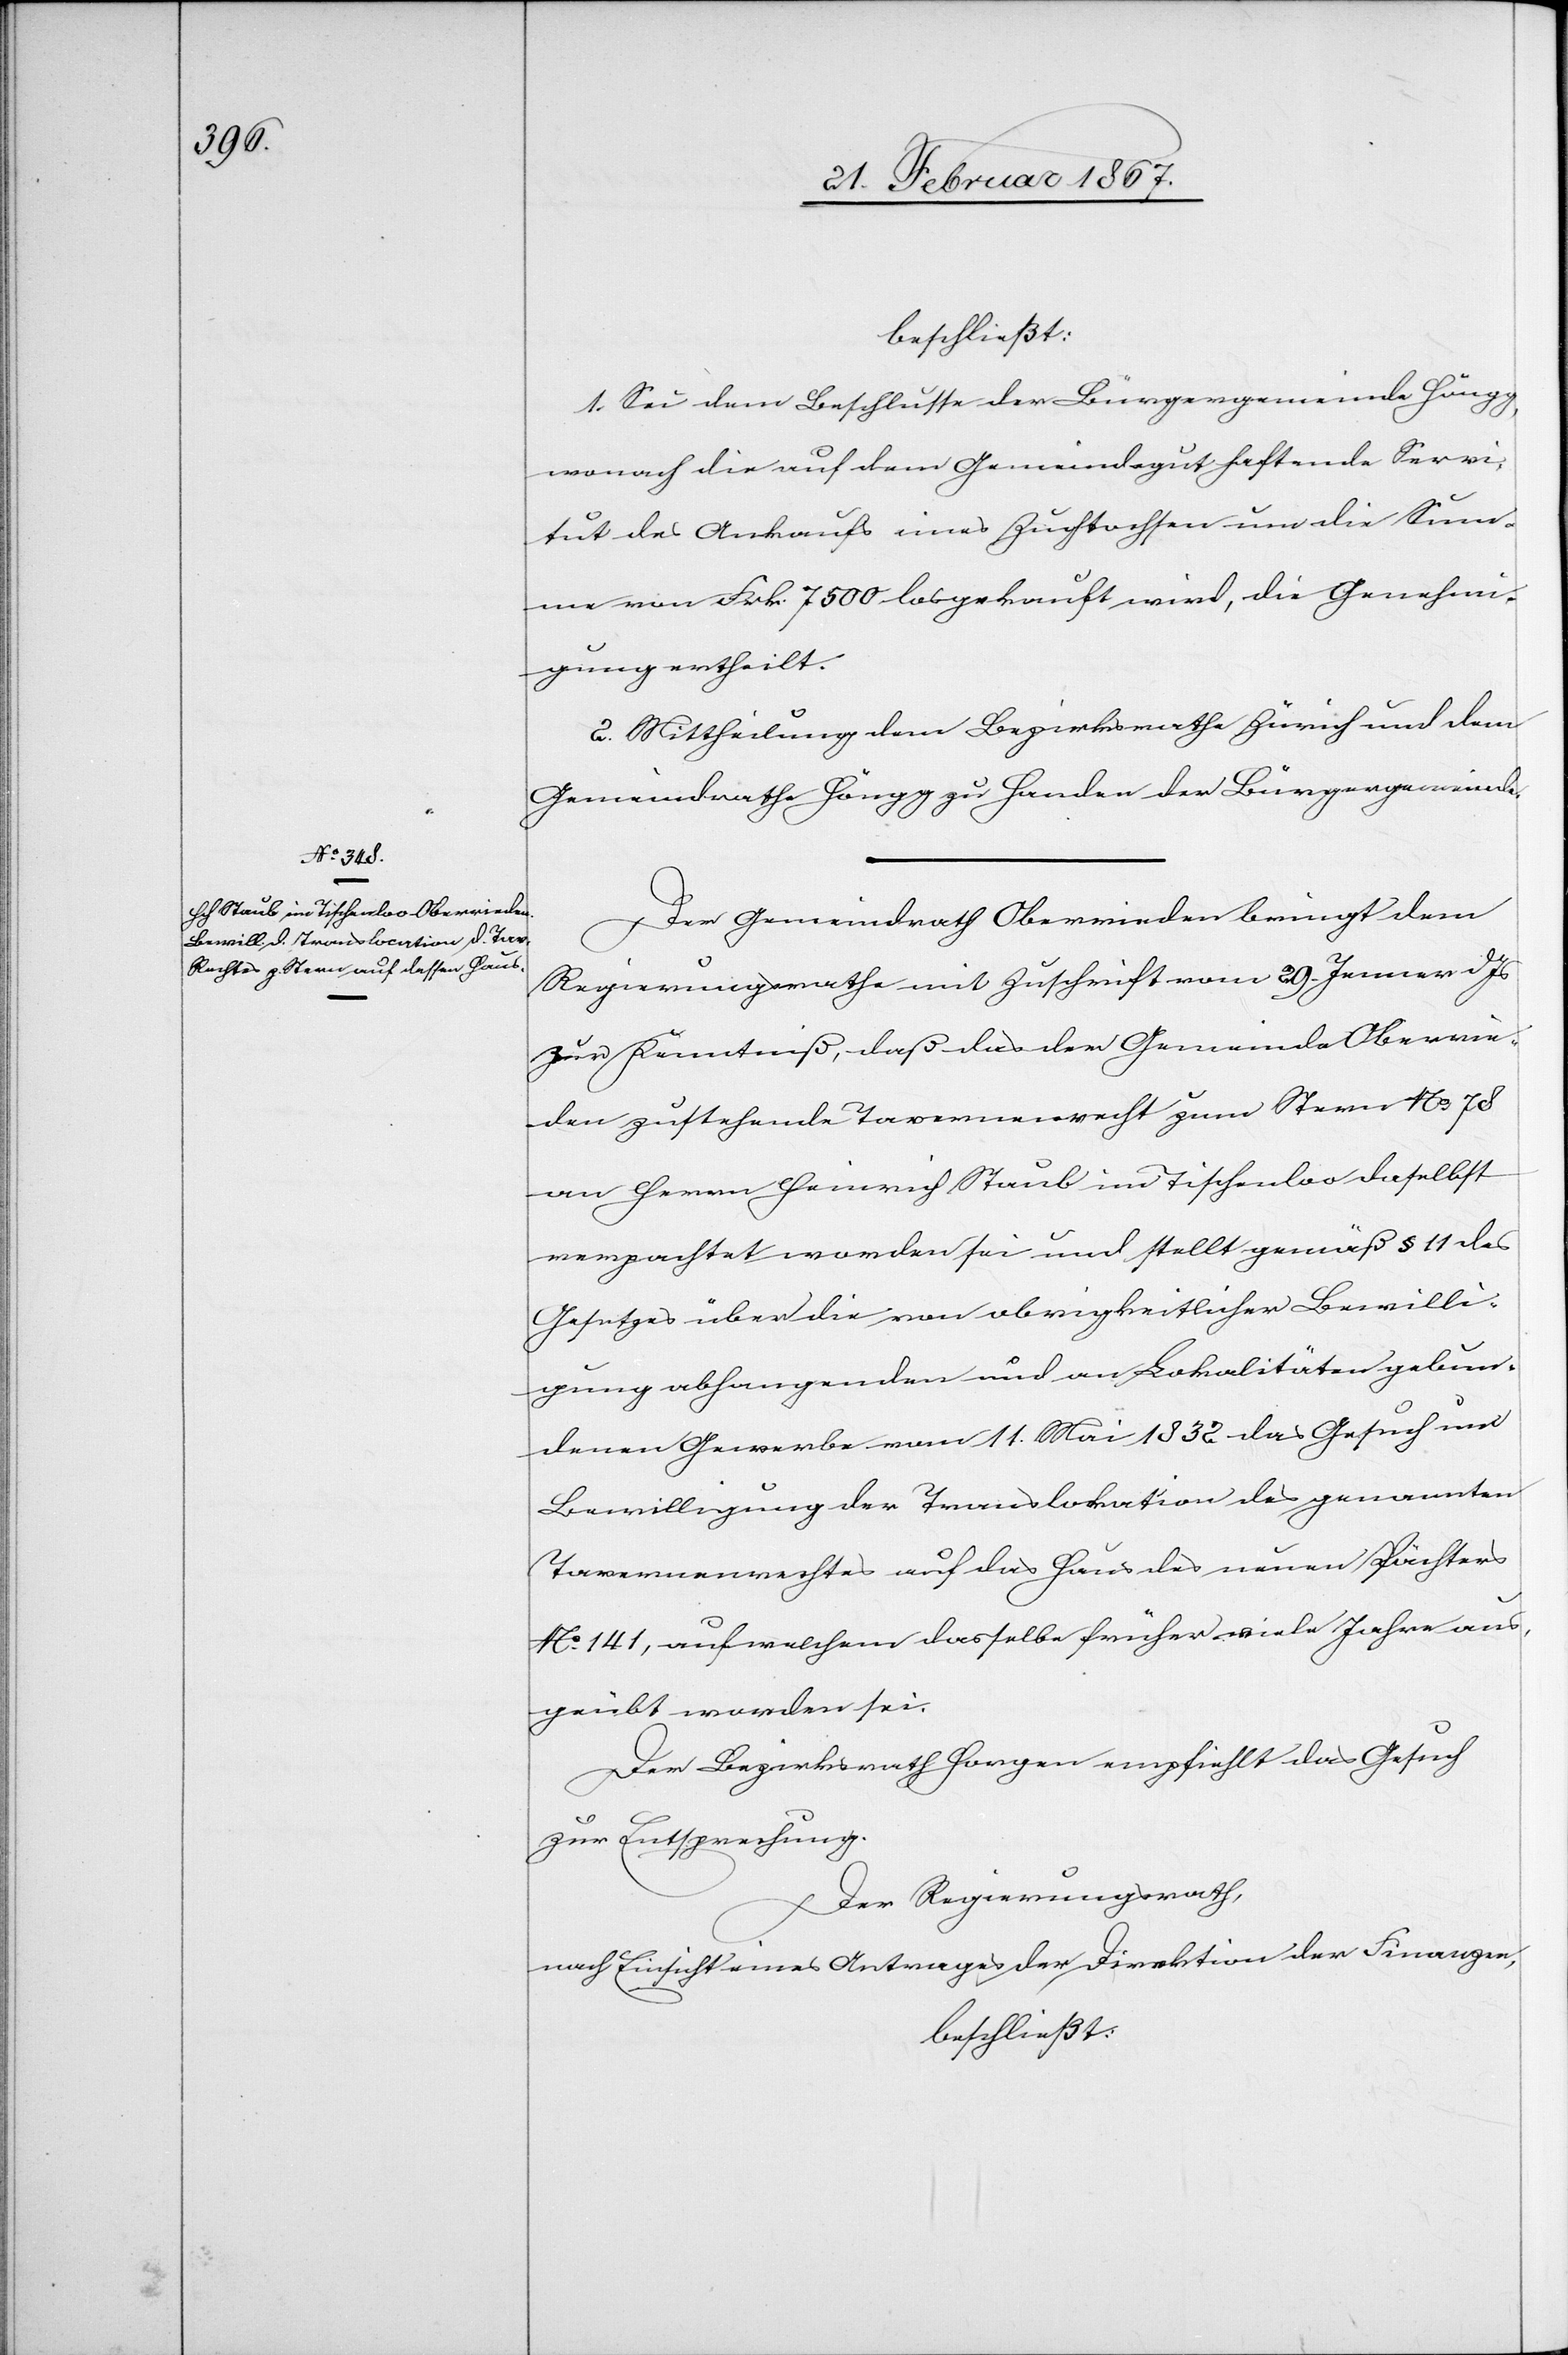
beschließt:
1. Sei dem Beschlusse der Bürgergemeinde Höngg,
wonach die auf dem Gemeindegut haftende Servi¬
tut des Ankaufs eines Zuchtochsen um die Sum¬
me von Frk. 7500 losgekauft wird, die Genehmi¬
gung ertheilt.
2. Mittheilung dem Bezirksrath Zürich und dem
Gemeindrathe Höngg zu Handen der Bürgergemeinde.
Der Gemeindrath Oberrieden bringt dem
Regierungsrathe mit Zuschrift vom 29. Jenner d. Js
zur Kenntniß, daß das der Gemeinde Oberrie¬
den zustehende Tavernenrecht zum Stern No. 78
an Herrn Heinrich Staub im Tischenloo daselbst
verpachtet worden sei und stellt gemäß § 11 des
Gesetzes über die von obrigkeitlicher Bewilli¬
gung abhangenden und an Lokalitäten gebun¬
denen Gewerbe vom 11. Mai 1832 das Gesuch um
Bewilligung der Translokation des genannten
Tavernenrechtes auf das Haus des neuen Pächters
No. 141, auf welchem dasselbe früher viele Jahre aus¬
geübt worden sei.
Der Bezirksrath Horgen empfiehlt das Gesuch
zur Entsprechung.
Der Regierungsrath,
nach Einsicht eines Antrages der Direktion der Finanzen,
beschließt: